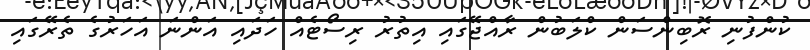
ކުންފުނި ރޮބިންސަން ކްލަބުން ރާއްޖޭގައި އިތުރު ރިސޯޓެއް ހަދައި އަންނަ އަހަރުގެ ތެރޭގައި